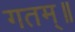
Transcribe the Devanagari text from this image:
गतम्॥